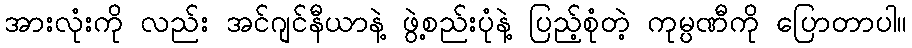
အားလုံးကို လည်း အင်ဂျင်နီယာနဲ့ ဖွဲ့စည်းပုံနဲ့ ပြည့်စုံတဲ့ ကုမ္ပဏီကို ပြောတာပါ။